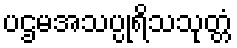
ပဌမအသပ္ပုရိသသုတ္တံ